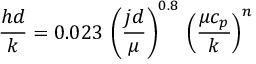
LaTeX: { \frac { h d } { k } } = { 0 . 0 2 3 } \, \left( { \frac { j d } { \mu } } \right) ^ { 0 . 8 } \, \left( { \frac { \mu c _ { p } } { k } } \right) ^ { n }